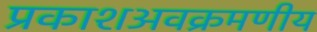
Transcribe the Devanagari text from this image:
प्रकाशअवक्रमणीय